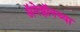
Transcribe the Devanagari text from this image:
अॅमेझॉनच्या